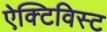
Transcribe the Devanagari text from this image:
ऐक्टिविस्ट